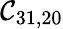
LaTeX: \mathcal{C}_{31,20}